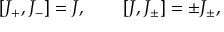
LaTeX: [ J _ { + } , J _ { - } ] = J , \qquad [ J , J _ { \pm } ] = \pm J _ { \pm } ,